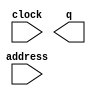
// megafunction wizard: %ROM: 1-PORT%VBB%
// GENERATION: STANDARD
// VERSION: WM1.0
// MODULE: altsyncram 

// ============================================================
// Megafunction Name(s):
// 			altsyncram
//
// Simulation Library Files(s):
// 			altera_mf
// ============================================================
// ************************************************************
// THIS IS A WIZARD-GENERATED FILE. DO NOT EDIT THIS FILE!
//
// 23.1std.1 Build 993 05/14/2024 SC Lite Edition
// ************************************************************

//Copyright (C) 2024  Intel Corporation. All rights reserved.
//Your use of Intel Corporation's design tools, logic functions 
//and other software and tools, and any partner logic 
//functions, and any output files from any of the foregoing 
//(including device programming or simulation files), and any 
//associated documentation or information are expressly subject 
//to the terms and conditions of the Intel Program License 
//Subscription Agreement, the Intel Quartus Prime License Agreement,
//the Intel FPGA IP License Agreement, or other applicable license
//agreement, including, without limitation, that your use is for
//the sole purpose of programming logic devices manufactured by
//Intel and sold by Intel or its authorized distributors.  Please
//refer to the applicable agreement for further details, at
//https://fpgasoftware.intel.com/eula.

module rom (
	address,
	clock,
	q);

	input	[7:0]  address;
	input	  clock;
	output	[7:0]  q;
`ifndef ALTERA_RESERVED_QIS
// synopsys translate_off
`endif
	tri1	  clock;
`ifndef ALTERA_RESERVED_QIS
// synopsys translate_on
`endif

endmodule

// ============================================================
// CNX file retrieval info
// ============================================================
// Retrieval info: PRIVATE: ADDRESSSTALL_A NUMERIC "0"
// Retrieval info: PRIVATE: AclrAddr NUMERIC "0"
// Retrieval info: PRIVATE: AclrByte NUMERIC "0"
// Retrieval info: PRIVATE: AclrOutput NUMERIC "0"
// Retrieval info: PRIVATE: BYTE_ENABLE NUMERIC "0"
// Retrieval info: PRIVATE: BYTE_SIZE NUMERIC "8"
// Retrieval info: PRIVATE: BlankMemory NUMERIC "0"
// Retrieval info: PRIVATE: CLOCK_ENABLE_INPUT_A NUMERIC "0"
// Retrieval info: PRIVATE: CLOCK_ENABLE_OUTPUT_A NUMERIC "0"
// Retrieval info: PRIVATE: Clken NUMERIC "0"
// Retrieval info: PRIVATE: IMPLEMENT_IN_LES NUMERIC "0"
// Retrieval info: PRIVATE: INIT_FILE_LAYOUT STRING "PORT_A"
// Retrieval info: PRIVATE: INIT_TO_SIM_X NUMERIC "0"
// Retrieval info: PRIVATE: INTENDED_DEVICE_FAMILY STRING "Cyclone IV E"
// Retrieval info: PRIVATE: JTAG_ENABLED NUMERIC "1"
// Retrieval info: PRIVATE: JTAG_ID STRING "ROM"
// Retrieval info: PRIVATE: MAXIMUM_DEPTH NUMERIC "0"
// Retrieval info: PRIVATE: MIFfilename STRING "../../prog/instruction.hex"
// Retrieval info: PRIVATE: NUMWORDS_A NUMERIC "256"
// Retrieval info: PRIVATE: RAM_BLOCK_TYPE NUMERIC "2"
// Retrieval info: PRIVATE: RegAddr NUMERIC "1"
// Retrieval info: PRIVATE: RegOutput NUMERIC "1"
// Retrieval info: PRIVATE: SYNTH_WRAPPER_GEN_POSTFIX STRING "0"
// Retrieval info: PRIVATE: SingleClock NUMERIC "1"
// Retrieval info: PRIVATE: UseDQRAM NUMERIC "0"
// Retrieval info: PRIVATE: WidthAddr NUMERIC "8"
// Retrieval info: PRIVATE: WidthData NUMERIC "8"
// Retrieval info: PRIVATE: rden NUMERIC "0"
// Retrieval info: LIBRARY: altera_mf altera_mf.altera_mf_components.all
// Retrieval info: CONSTANT: ADDRESS_ACLR_A STRING "NONE"
// Retrieval info: CONSTANT: CLOCK_ENABLE_INPUT_A STRING "BYPASS"
// Retrieval info: CONSTANT: CLOCK_ENABLE_OUTPUT_A STRING "BYPASS"
// Retrieval info: CONSTANT: INIT_FILE STRING "../../prog/instruction.hex"
// Retrieval info: CONSTANT: INTENDED_DEVICE_FAMILY STRING "Cyclone IV E"
// Retrieval info: CONSTANT: LPM_HINT STRING "ENABLE_RUNTIME_MOD=YES,INSTANCE_NAME=ROM"
// Retrieval info: CONSTANT: LPM_TYPE STRING "altsyncram"
// Retrieval info: CONSTANT: NUMWORDS_A NUMERIC "256"
// Retrieval info: CONSTANT: OPERATION_MODE STRING "ROM"
// Retrieval info: CONSTANT: OUTDATA_ACLR_A STRING "NONE"
// Retrieval info: CONSTANT: OUTDATA_REG_A STRING "CLOCK0"
// Retrieval info: CONSTANT: RAM_BLOCK_TYPE STRING "M9K"
// Retrieval info: CONSTANT: WIDTHAD_A NUMERIC "8"
// Retrieval info: CONSTANT: WIDTH_A NUMERIC "8"
// Retrieval info: CONSTANT: WIDTH_BYTEENA_A NUMERIC "1"
// Retrieval info: USED_PORT: address 0 0 8 0 INPUT NODEFVAL "address[7..0]"
// Retrieval info: USED_PORT: clock 0 0 0 0 INPUT VCC "clock"
// Retrieval info: USED_PORT: q 0 0 8 0 OUTPUT NODEFVAL "q[7..0]"
// Retrieval info: CONNECT: @address_a 0 0 8 0 address 0 0 8 0
// Retrieval info: CONNECT: @clock0 0 0 0 0 clock 0 0 0 0
// Retrieval info: CONNECT: q 0 0 8 0 @q_a 0 0 8 0
// Retrieval info: GEN_FILE: TYPE_NORMAL rom.v TRUE
// Retrieval info: GEN_FILE: TYPE_NORMAL rom.inc FALSE
// Retrieval info: GEN_FILE: TYPE_NORMAL rom.cmp FALSE
// Retrieval info: GEN_FILE: TYPE_NORMAL rom.bsf FALSE
// Retrieval info: GEN_FILE: TYPE_NORMAL rom_inst.v TRUE
// Retrieval info: GEN_FILE: TYPE_NORMAL rom_bb.v TRUE
// Retrieval info: LIB_FILE: altera_mf